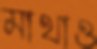
মাথাও